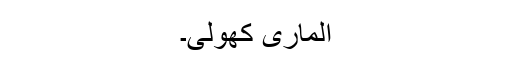
الماری کھولی۔